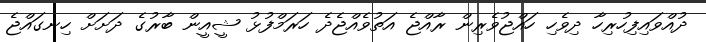
ދުއްވައިފިހުރިހާ ދިވެހި ހައްޖުވެރިން ރާއްޖެ އަތުވެއްޖެދެ ހަރަމްފުޅު ޝީއީން ބާރުގެ ދަށަށް ހިނގައްޖެ